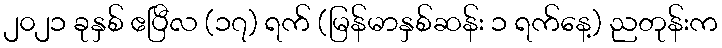
၂၀၂၁ ခုနှစ် ဧပြီလ (၁၇) ရက် (မြန်မာနှစ်ဆန်း ၁ ရက်နေ့) ညတုန်းက